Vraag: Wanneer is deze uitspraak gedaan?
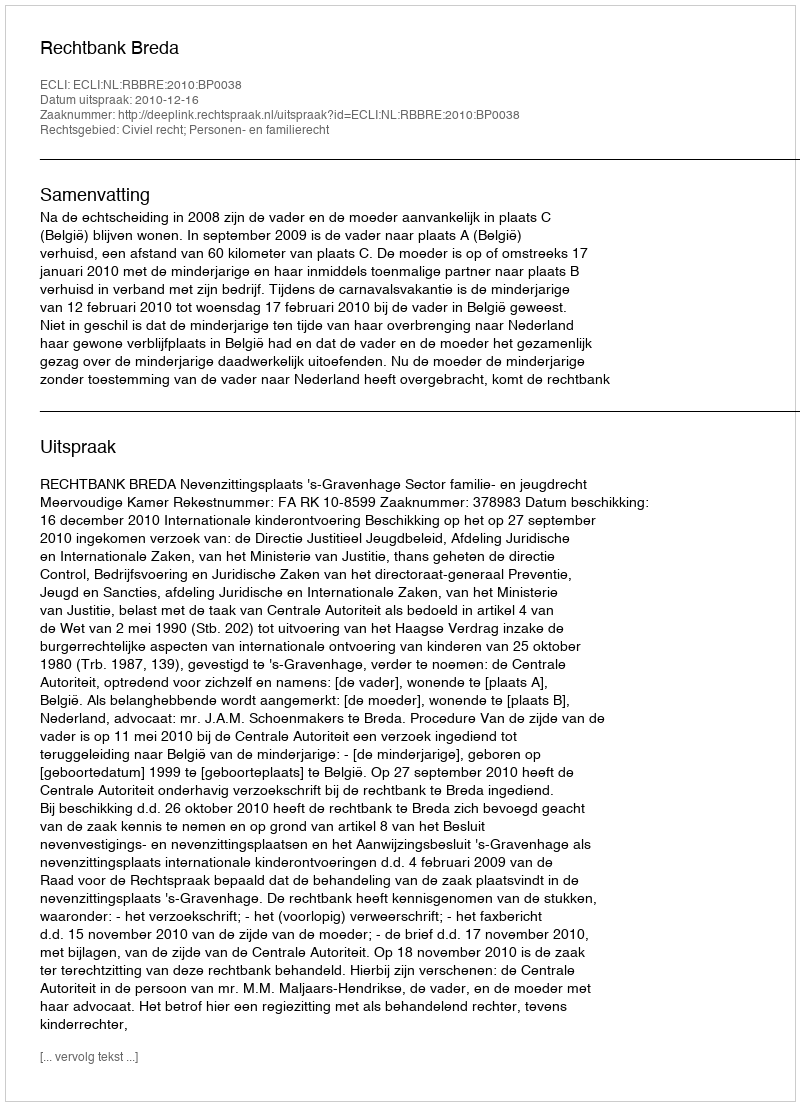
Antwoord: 2010-12-16